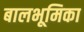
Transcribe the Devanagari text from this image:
बालभूमिका